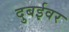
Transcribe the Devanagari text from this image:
दुबईवर